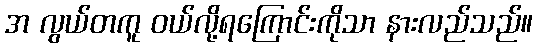
အ လွယ်တကူ ဝယ်လို့ရကြောင်းကိုသာ နားလည်သည်။